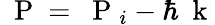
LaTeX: \mathrm{~\mathbf~P~}=\mathrm{~\mathbf~P~}_{i}-\hbar\mathrm{~\mathbf~k~}